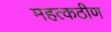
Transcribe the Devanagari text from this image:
महत्कठीण